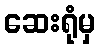
ဆေးရုံမှ